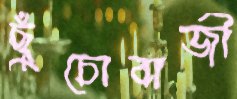
ছুঁচোবাজী